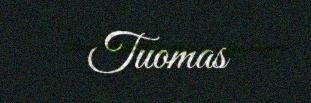
Tuomas